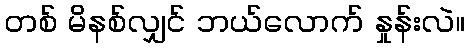
တစ် မိနစ်လျှင် ဘယ်လောက် နှုန်းလဲ။